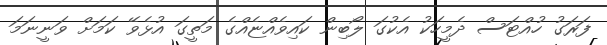
ފަރަގު ހުއްޓަސް ދެމީހަކު އެކުގަ ލޯބިން ކައިވެއްޏެއްގެ މަތީގަ އުޅެވޭ ކަމަށް ވަނީނަމަ